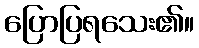
ပြောပြရသေး၏။